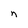
Character: n